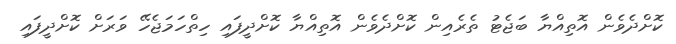
ކޮށްދެވެން އޮތިއްޔާ ބަޖެޓު ތެރެއިން ކޮށްދެވެން އޮތިއްޔާ ކޮށްދީފައި ހިތްހަމަޖެހޭ ވަރަށް ކޮށްދީފައި